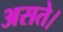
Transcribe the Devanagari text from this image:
असते।